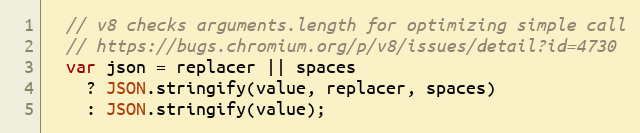
Language: JavaScript
  // v8 checks arguments.length for optimizing simple call
  // https://bugs.chromium.org/p/v8/issues/detail?id=4730
  var json = replacer || spaces
    ? JSON.stringify(value, replacer, spaces)
    : JSON.stringify(value);